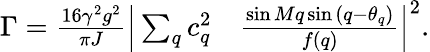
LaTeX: \begin{array}{rl}{\Gamma=\frac{16\gamma^{2}g^{2}}{\pi J}\Big|\sum_{q}c_{q}^{2}}&{{}\frac{\sin{Mq}\sin{(q-\theta_{q})}}{f(q)}\Big|^{2}.}\end{array}